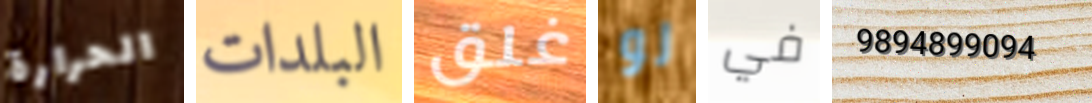
الحرارة البلدات غلق لو في 9894899094